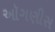
ઑગણીસ